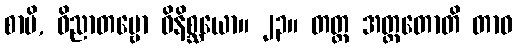
စာပိ, ဝိညာတဗ္ဗော ဝိနိစ္ဆယော။ ၂၃။ တတ္ထ အတ္ထတောတိ တာဝ